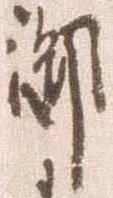
御